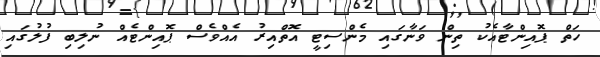
ހަތް ޕޮއިންޓާއެކު ތިން ވަނާގައި މެންސިޓީ އޮތްއިރު އެއްވެސް ޕޮއިންޓެއް ނުލިބި ފުލުގައި